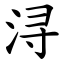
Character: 浔